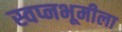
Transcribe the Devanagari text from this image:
स्वप्नभूमीला